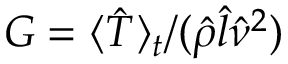
G = \langle \hat { T } \rangle _ { t } / ( \hat { \rho } \hat { l } \hat { \nu } ^ { 2 } )